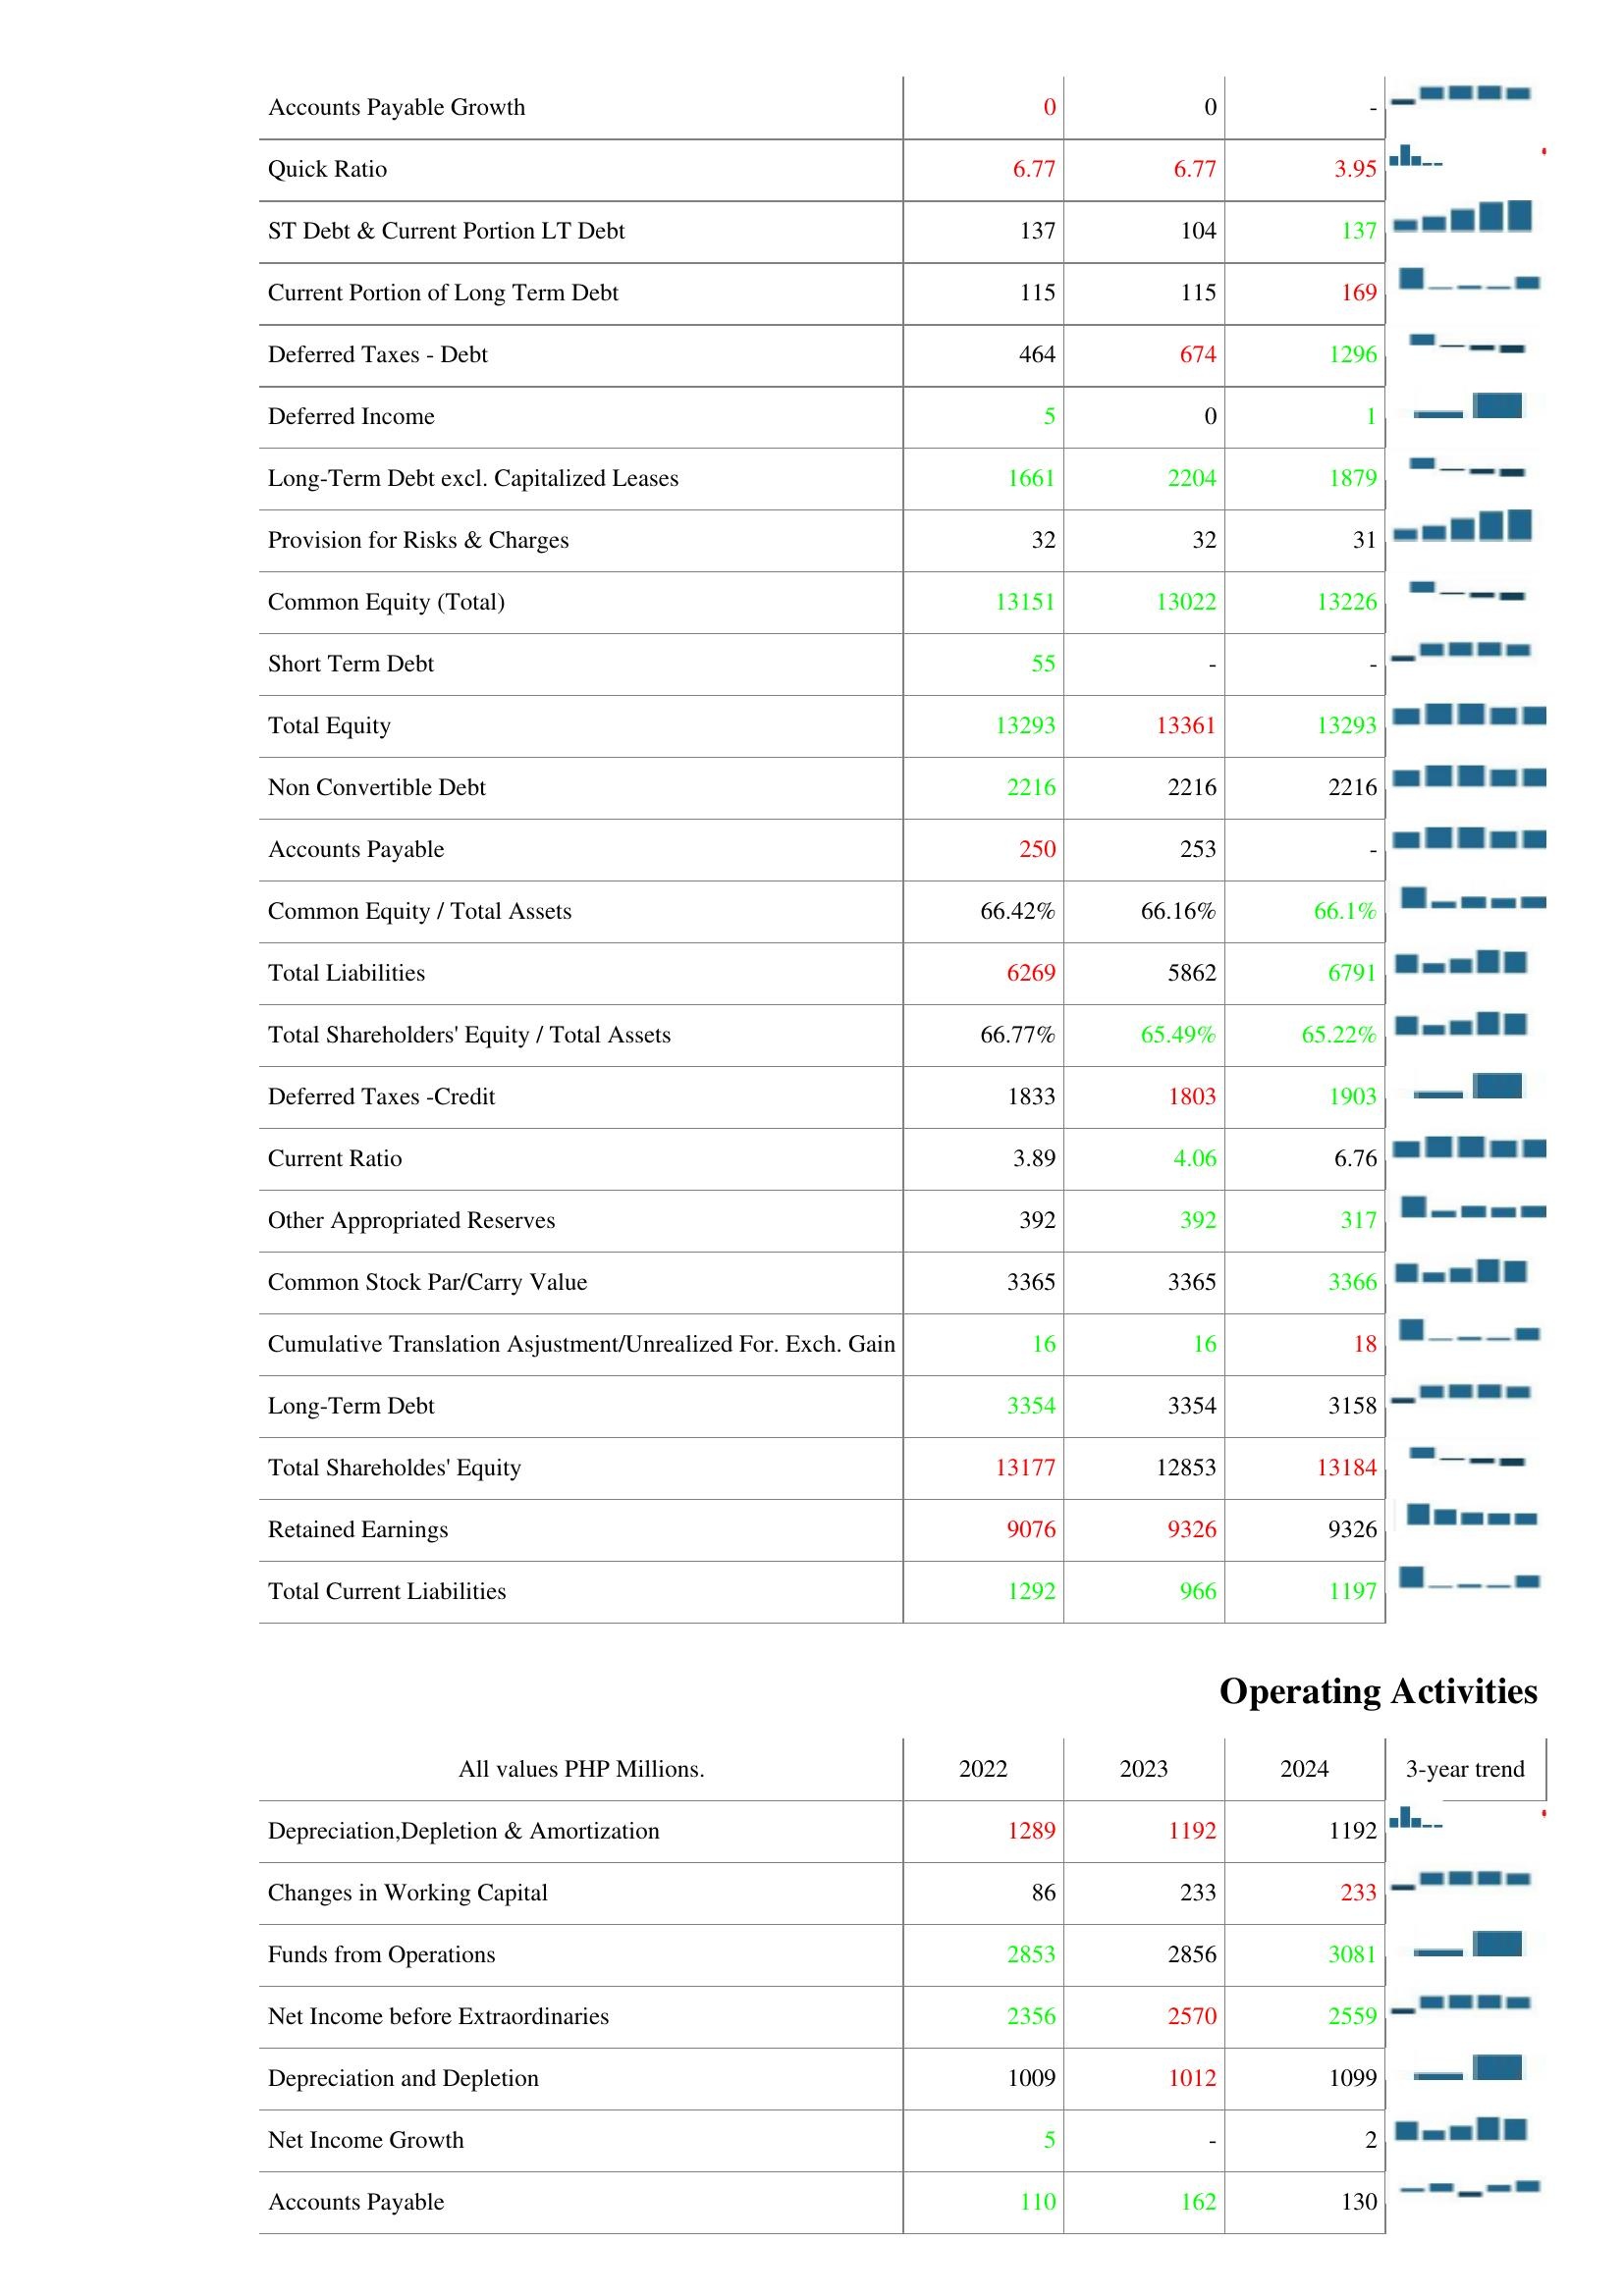
2022: Liabilities & Shareholder's Equity: Accounts Payable Growth: 0
Quick Ratio: 6.77
ST Debt & Current Portion LT Debt: 137
Current Portion of Long Term Debt: 115
Deferred Taxes - Debt: 464
Deferred Income: 5
Long-Term Debt excl. Capitalized Leases: 1661
Provision for Risks & Charges: 32
Common Equity (Total): 13151
Short Term Debt: 55
Total Equity: 13293
Non Convertible Debt: 2216
Accounts Payable: 250
Common Equity / Total Assets: 66.42%
Total Liabilities: 6269
Total Shareholders' Equity / Total Assets: 66.77%
Deferred Taxes -Credit: 1833
Current Ratio: 3.89
Other Appropriated Reserves: 392
Common Stock Par/Carry Value: 3365
Cumulative Translation Asjustment/Unrealized For. Exch. Gain: 16
Long-Term Debt: 3354
Total Shareholdes' Equity: 13177
Retained Earnings: 9076
Total Current Liabilities: 1292
Operating Activities: Depreciation,Depletion & Amortization: 1289
Changes in Working Capital: 86
Funds from Operations: 2853
Net Income before Extraordinaries: 2356
Depreciation and Depletion: 1009
Net Income Growth: 5
Accounts Payable: 110
2023: Liabilities & Shareholder's Equity: Accounts Payable Growth: 0
Quick Ratio: 6.77
ST Debt & Current Portion LT Debt: 104
Current Portion of Long Term Debt: 115
Deferred Taxes - Debt: 674
Deferred Income: 0
Long-Term Debt excl. Capitalized Leases: 2204
Provision for Risks & Charges: 32
Common Equity (Total): 13022
Short Term Debt: -
Total Equity: 13361
Non Convertible Debt: 2216
Accounts Payable: 253
Common Equity / Total Assets: 66.16%
Total Liabilities: 5862
Total Shareholders' Equity / Total Assets: 65.49%
Deferred Taxes -Credit: 1803
Current Ratio: 4.06
Other Appropriated Reserves: 392
Common Stock Par/Carry Value: 3365
Cumulative Translation Asjustment/Unrealized For. Exch. Gain: 16
Long-Term Debt: 3354
Total Shareholdes' Equity: 12853
Retained Earnings: 9326
Total Current Liabilities: 966
Operating Activities: Depreciation,Depletion & Amortization: 1192
Changes in Working Capital: 233
Funds from Operations: 2856
Net Income before Extraordinaries: 2570
Depreciation and Depletion: 1012
Net Income Growth: -
Accounts Payable: 162
2024: Liabilities & Shareholder's Equity: Accounts Payable Growth: -
Quick Ratio: 3.95
ST Debt & Current Portion LT Debt: 137
Current Portion of Long Term Debt: 169
Deferred Taxes - Debt: 1296
Deferred Income: 1
Long-Term Debt excl. Capitalized Leases: 1879
Provision for Risks & Charges: 31
Common Equity (Total): 13226
Short Term Debt: -
Total Equity: 13293
Non Convertible Debt: 2216
Accounts Payable: -
Common Equity / Total Assets: 66.1%
Total Liabilities: 6791
Total Shareholders' Equity / Total Assets: 65.22%
Deferred Taxes -Credit: 1903
Current Ratio: 6.76
Other Appropriated Reserves: 317
Common Stock Par/Carry Value: 3366
Cumulative Translation Asjustment/Unrealized For. Exch. Gain: 18
Long-Term Debt: 3158
Total Shareholdes' Equity: 13184
Retained Earnings: 9326
Total Current Liabilities: 1197
Operating Activities: Depreciation,Depletion & Amortization: 1192
Changes in Working Capital: 233
Funds from Operations: 3081
Net Income before Extraordinaries: 2559
Depreciation and Depletion: 1099
Net Income Growth: 2
Accounts Payable: 130